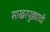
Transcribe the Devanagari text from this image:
साखरपुड्याची